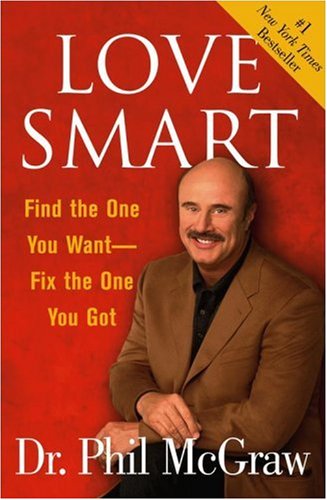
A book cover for Love Smart: Find the One You Want--Fix the One You Got; Dr. Phil McGraw; Self-Help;